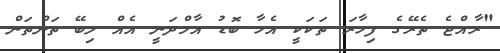
"ރާއްޖެ ތެރޭގެ ފިހާރަ ތަކަކީ އެހާ ބޮޑު އާމްދަނީ އެއް ލިބޭ ތަންތަން